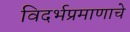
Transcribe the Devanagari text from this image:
विदर्भप्रमाणाचे